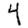
Digit: 4